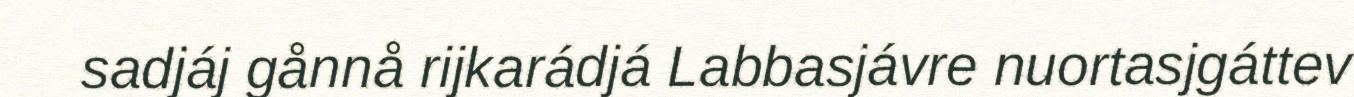
sadjáj gånnå rijkarádjá Labbasjávre nuortasjgáttev